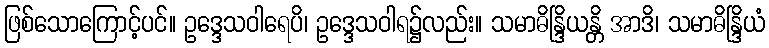
ဖြစ်သောကြောင့်ပင်။ ဥဒ္ဒေသဝါရေပိ၊ ဥဒ္ဒေသဝါရ၌လည်း။ သမာဓိန္ဒြိယန္တိ အာဒိ၊ သမာဓိန္ဒြိယံ